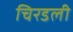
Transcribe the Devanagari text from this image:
चिरडली